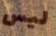
ليس